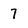
Character: 7